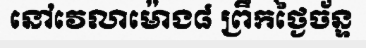
នៅវេលាម៉ោង៨ ព្រឹកថ្ងៃច័ន្ទ